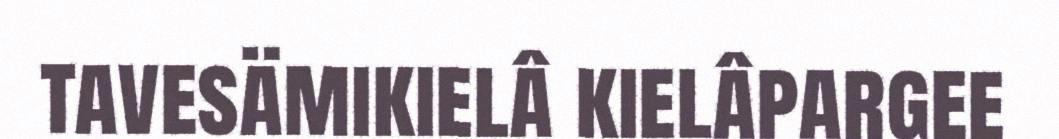
tavesämikielâ kielâpargee